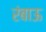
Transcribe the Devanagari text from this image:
रंबाऊ